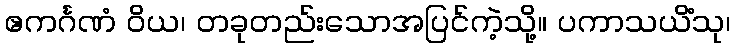
ဧကင်္ဂဏံ ဝိယ၊ တခုတည်းသောအပြင်ကဲ့သို့။ ပကာသယိံသု၊